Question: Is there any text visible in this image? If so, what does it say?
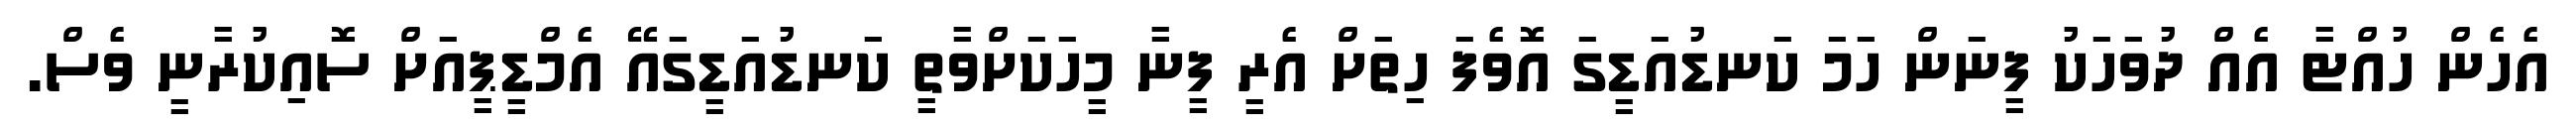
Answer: އެހެން ހުއްޓާ އެއް ދުވަހަކު ފީނަން ހަމަ ކަނޑުއަޑީގަ އޮވެފަ ހިތަށް އެރީ ފީނާ މީހަކަށްވާތީ ކަނޑުއަޑީގައޭ އެމްޑީޕީއަށް ސޮއިކުރާނީ ވެސް.